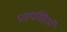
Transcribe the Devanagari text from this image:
प्रतापसिंहानें